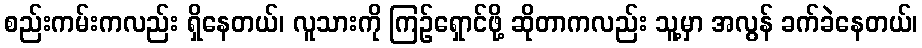
စည်းကမ်းကလည်း ရှိနေတယ်၊ လူသားကို ကြဉ်ရှောင်ဖို့ ဆိုတာကလည်း သူ့မှာ အလွန် ခက်ခဲနေတယ်၊